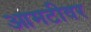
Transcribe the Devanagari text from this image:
आमटीवर